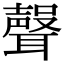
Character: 𮋻